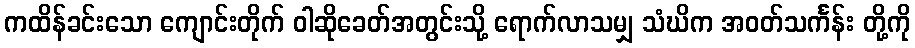
ကထိန်ခင်းသော ကျောင်းတိုက် ဝါဆိုခေတ်အတွင်းသို့ ရောက်လာသမျှ သံဃိက အဝတ်သင်္ကန်း တို့ကို